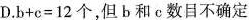
D.b+c=12个，但b和c数目不确定